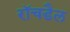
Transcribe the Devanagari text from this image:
रॉचडैल